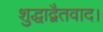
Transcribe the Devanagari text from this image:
शुद्धाद्वैतवाद।